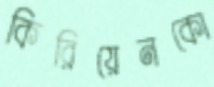
কিরিয়েনকো